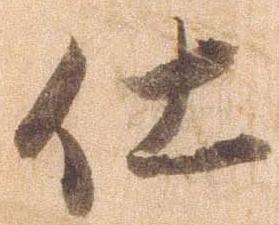
仕